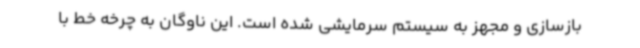
بازسازی و مجهز به سیستم سرمایشی شده است. این ناوگان به چرخه خط با